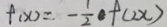
f ( x ) = - \frac { 1 } { 2 } \cdot f ( 2 x )